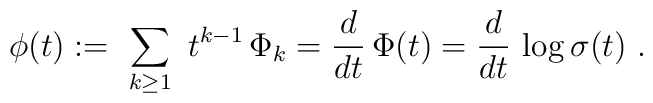
\phi(t) :=\ \sum_{k\ge 1} \ t^{k-1}\, \Phi_k= {d\over dt} \, \Phi(t) = {d\over dt}\, \log \sigma(t)\ .